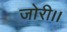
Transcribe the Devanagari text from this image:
जोरी।।